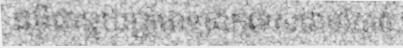
ជម្ងឺជាមួយគ្រូពេទ្យឯកទេសជាចាំបាច់